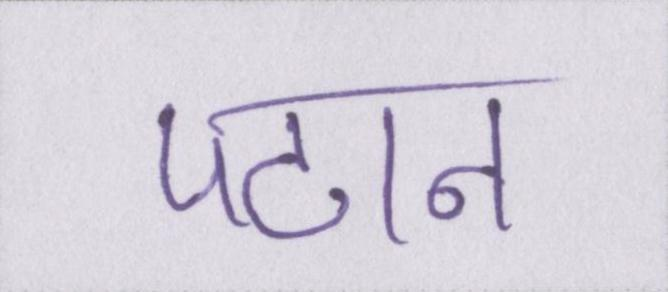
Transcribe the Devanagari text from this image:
पठान